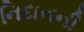
નિદાનની